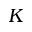
K